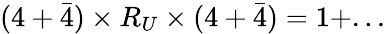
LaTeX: \begin{array}{r}{(4+\bar{4})\times R_{U}\times(4+\bar{4})=1+...}\end{array}